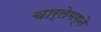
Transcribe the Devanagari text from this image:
चार्लेमग्ने